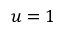
u = 1